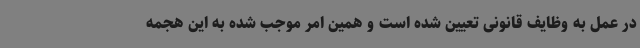
در عمل به وظایف قانونی تعیین شده است و همین امر موجب شده به این هجمه